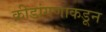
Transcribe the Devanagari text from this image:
क्रीडांगणाकडून